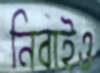
নিবাইও